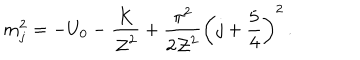
m _ { j } ^ { 2 } = - U _ { 0 } - { \frac { K } { { \cal Z } ^ { 2 } } } + { \frac { \pi ^ { 2 } } { 2 { \cal Z } ^ { 2 } } } \left( j + { \frac { 5 } { 4 } } \right) ^ { 2 } \, .